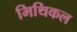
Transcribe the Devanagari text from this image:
मिथिकल